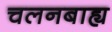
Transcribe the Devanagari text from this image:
चलनबाह्य